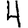
Digit: 4